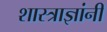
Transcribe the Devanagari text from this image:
शास्त्राज्ञांनी